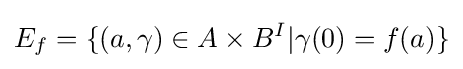
E_{f}=\{(a,\gamma )\in A\times B^{I}|\gamma (0)=f(a)\}